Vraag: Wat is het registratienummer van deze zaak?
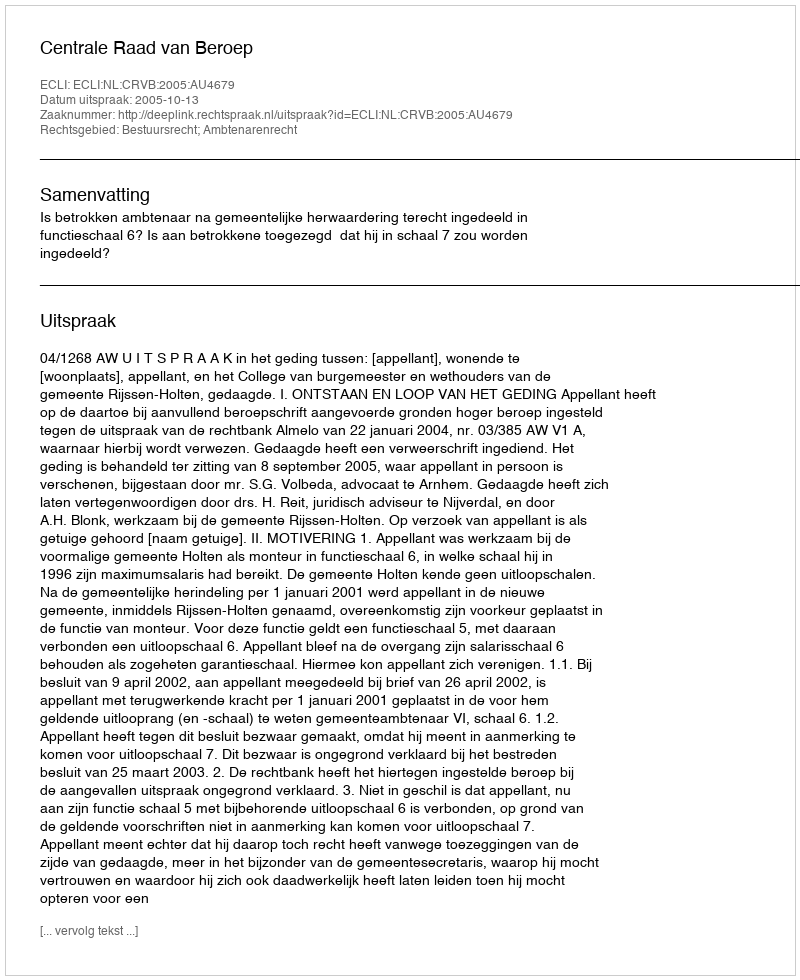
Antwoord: http://deeplink.rechtspraak.nl/uitspraak?id=ECLI:NL:CRVB:2005:AU4679